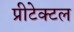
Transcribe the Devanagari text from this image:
प्रीटेक्टल